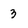
Character: 3